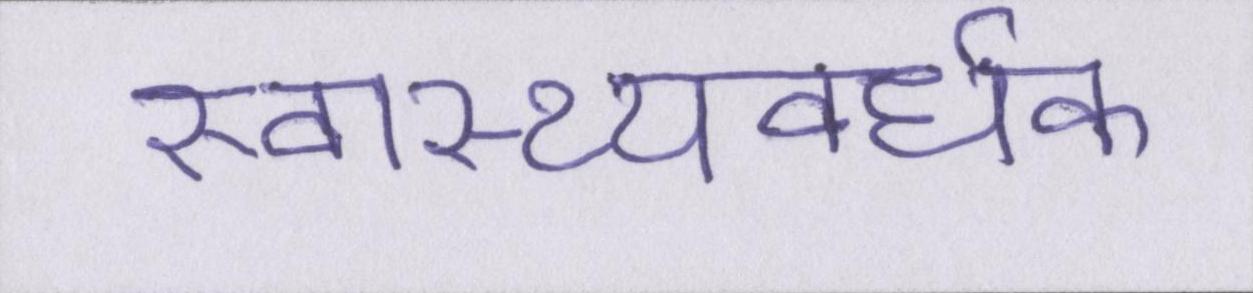
स्वास्थ्यवर्धक